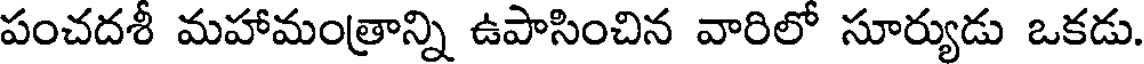
పంచదశీ మహామంత్రాన్ని ఉపాసించిన వారిలో సూర్యుడు ఒకడు.